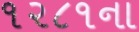
૧૨૮૧ના